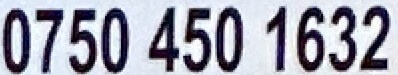
0750 450 1632